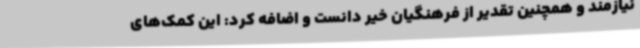
نیازمند و همچنین تقدیر از فرهنگیان خیر دانست و اضافه کرد: این کمک‌های